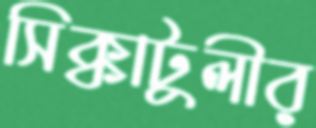
সিক্কাটুলীর